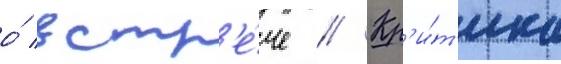
о́ встр'е́че // Кр'и́т'ика